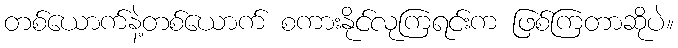
တစ်ယောက်နဲ့တစ်ယောက် စကားနိုင်လုကြရင်းက ဖြစ်ကြတာဆိုပဲ။